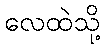
လေထဲသို့